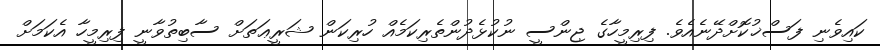
ކައިވެނި ފަސްޚުކޮށްދޭނެއެވެ. ފިރިމީހާގެ ޖިންސީ ނުކުޅެދުންތެރިކަމެއް ހުރިކަން ޝަރީޢަތަށް ސާބިތުވާނީ ފިރިމީހާ އެކަމަށް